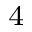
_ 4